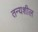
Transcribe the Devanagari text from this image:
तन्यशील